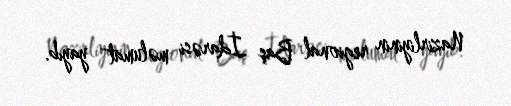
Nazirliyinin regional Baş İdarəsi məlumat yayıb.